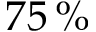
7 5 \, \%